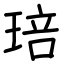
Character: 琣